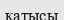
қатысы